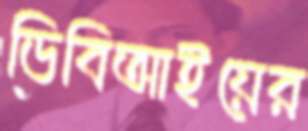
ডিবিআইয়ের